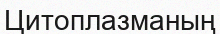
Цитоплазманың